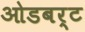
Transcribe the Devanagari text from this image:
ओडबर्ट